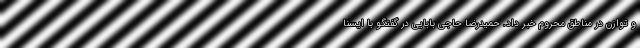
و توازن در مناطق محروم خبر داد. حمیدرضا حاجی بابایی در گفتگو با ایسنا